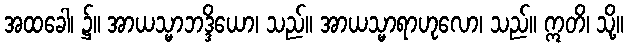
အထခေါ၊ ၌။ အာယသ္မာဘဒ္ဒိယော၊ သည်။ အာယသ္မာရာဟုလော၊ သည်။ ဣတိ၊ သို့။